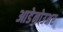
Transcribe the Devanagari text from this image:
आडेनोउअर